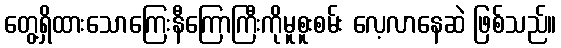
တွေ့ရှိထားသောကြေးနီကြောကြီးကိုမူစူးစမ်း လေ့လာနေဆဲ ဖြစ်သည်။